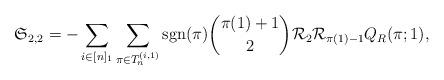
LaTeX: \begin{align*} \mathfrak{S}_{2,2} = - \sum_{i\in [n]_1} \sum_{\pi \in T_n^{(i,1)}} \mathrm{sgn}(\pi) \binom{\pi(1)+1}{2} \mathcal{R}_2 \mathcal{R}_{\pi(1)-1} Q_R(\pi;1),\end{align*}